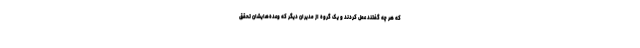
که هر چه گفتند عمل کردند و یک گروه از مدیران دیگر که وعده‌هایشان تحقق